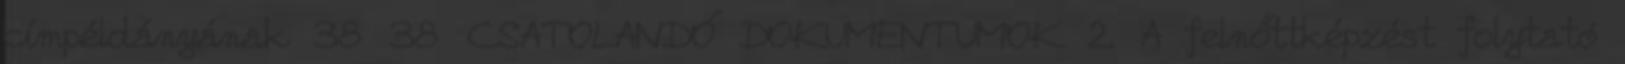
címpéldányának 38 38 CSATOLANDÓ DOKUMENTUMOK 2. A felnőttképzést folytató